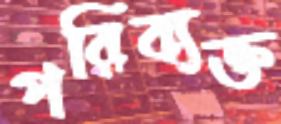
পরিব্যক্ত